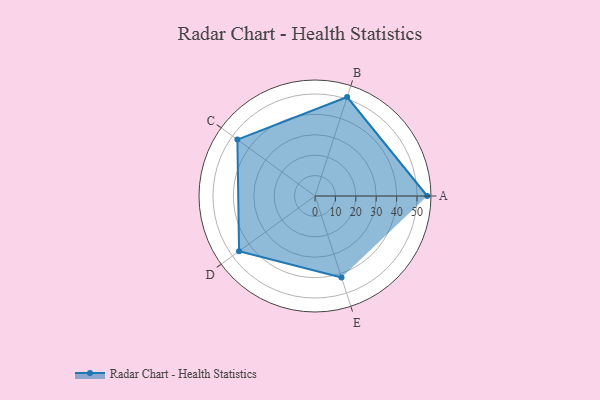
{"axis": {"x": "Skill", "y": "Score"}, "legend": ["Profile"], "data": [{"x": "A", "y": 55.0, "type": "Profile"}, {"x": "B", "y": 51.0, "type": "Profile"}, {"x": "C", "y": 47.0, "type": "Profile"}, {"x": "D", "y": 46.0, "type": "Profile"}, {"x": "E", "y": 42.0, "type": "Profile"}]}